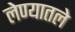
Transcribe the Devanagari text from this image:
लेण्यातले